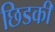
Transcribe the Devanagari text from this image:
छिडकी